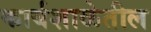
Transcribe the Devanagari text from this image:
कार्यशाळेतील